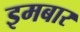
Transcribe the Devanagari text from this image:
इमबार